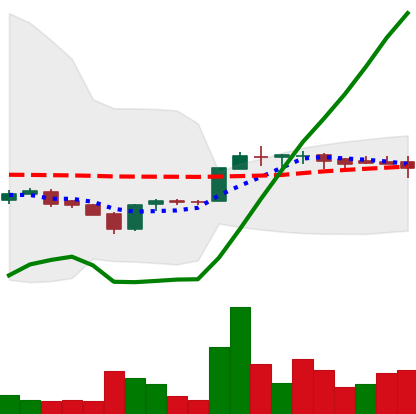
Ticker: LTC-USD
Chart end date: 2017-02-08
Forward return: -7.588%
Label: down_7plus